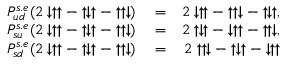
\begin{array} { r l r } { P _ { u d } ^ { s . e } ( 2 \downarrow \uparrow \uparrow - \uparrow \downarrow \uparrow - \uparrow \uparrow \downarrow ) } & { { } = } & { 2 \downarrow \uparrow \uparrow - \uparrow \uparrow \downarrow - \uparrow \downarrow \uparrow , } \\ { P _ { s u } ^ { s . e } ( 2 \downarrow \uparrow \uparrow - \uparrow \downarrow \uparrow - \uparrow \uparrow \downarrow ) } & { { } = } & { 2 \uparrow \downarrow \uparrow - \downarrow \uparrow \uparrow - \uparrow \uparrow \downarrow , } \\ { P _ { s d } ^ { s . e } ( 2 \downarrow \uparrow \uparrow - \uparrow \downarrow \uparrow - \uparrow \uparrow \downarrow ) } & { { } = } & { 2 \uparrow \uparrow \downarrow - \uparrow \downarrow \uparrow - \downarrow \uparrow \uparrow } \end{array}